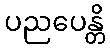
ပညပေန္တိ